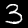
Digit: 3